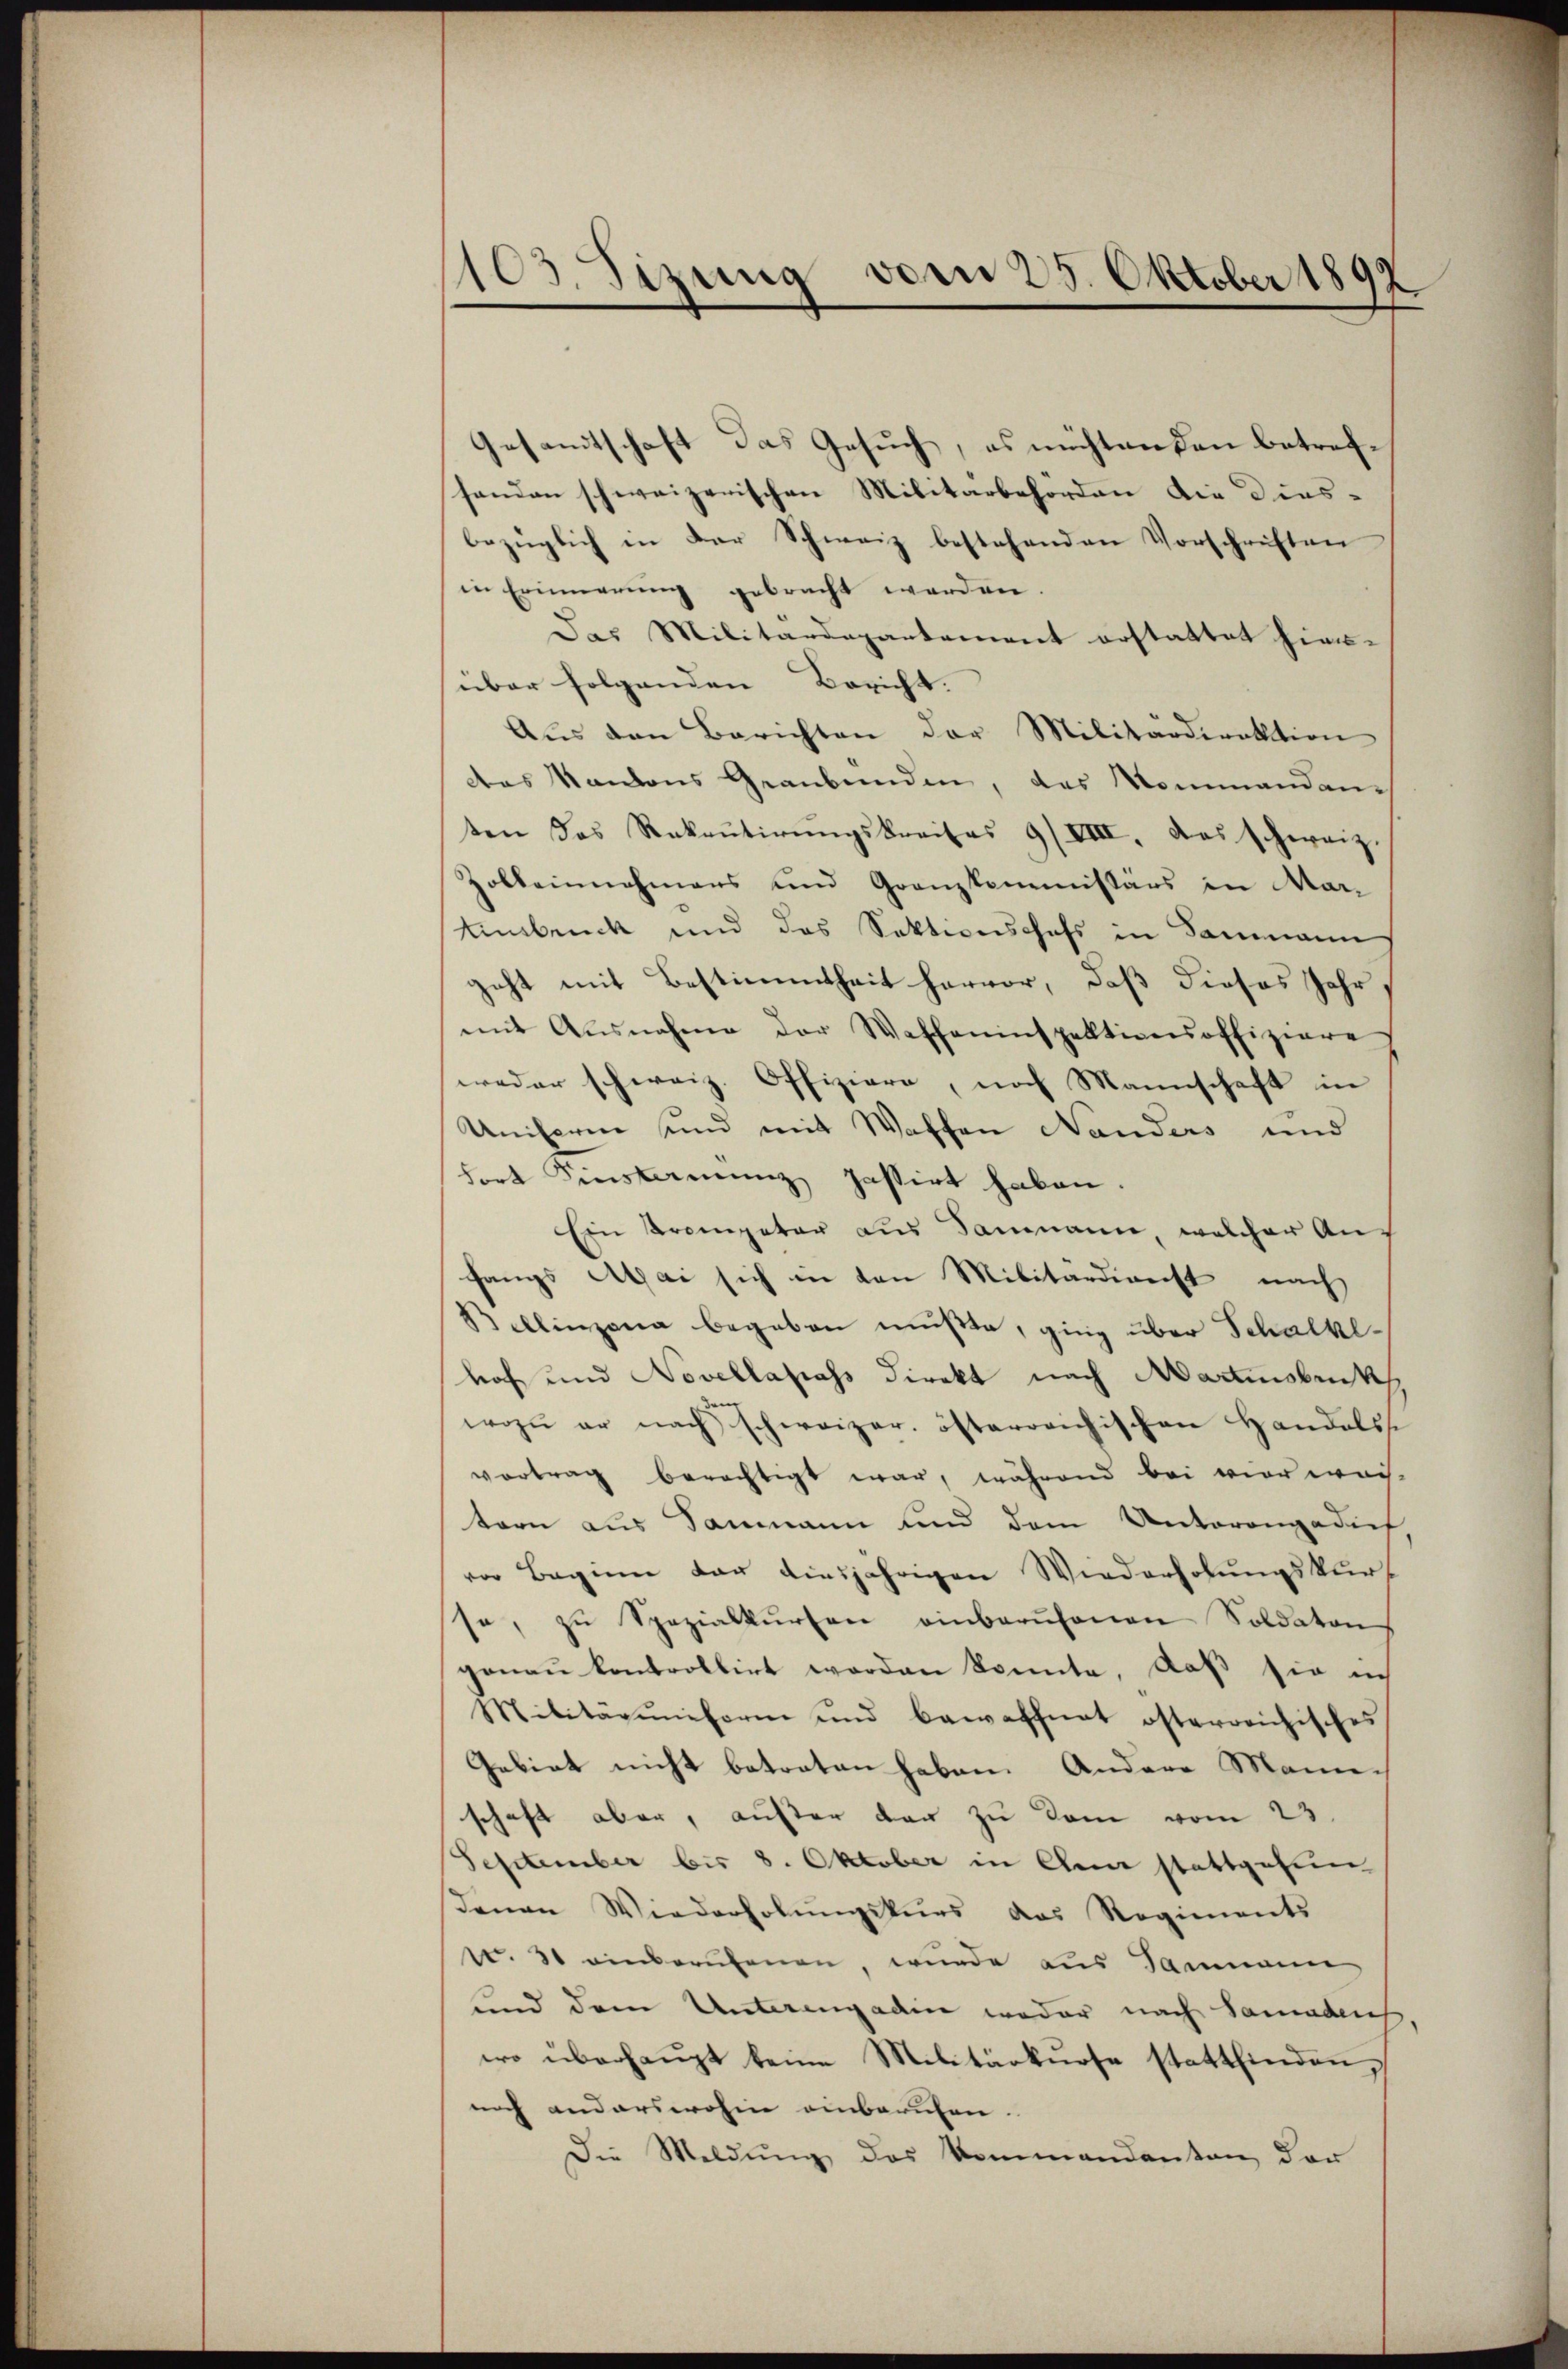
103. Sizung vom 25. Oktober 1892

Gesandtschaft das Gesuch, es möchtenden betrefhanden schweizerischen Militärbehörden die diesbezüglich in der Schweiz bestehenden Vorschriften
in Erinnerung gebracht werden.
Das Militärdepartement erstattet hier-
über folgenden Bericht.
Aŭs den Berichten der Militärdirektion
des Kantons Graubünden, das Kommandan
ten das Rekŭtirŭngskreises 9/VIII. Das schweiz.
Zolbeinnahmens und Granzkommissärs in Mar-
Einsbruck und das Sektionischefs in Sammann
geht mit Bestimmtheit hervor, daß dieses Jahr,
mit Ausnahme der Waffeninspektionsoffiziere
weder schweiz. Offiziere, noch Mannschaft in
Uniform sind mit Waffen Nanders und
fort instamenz passirt haben.
Ein Krompeter aus Sammann, welcher An-
fangs Abai sich in den Militärdienst nach
Bellinzona begeben müßte, ging über Schalkehof und Novellapass direkt nach Martinsbruck
wozu er nach schweizer. österreichischen Handelss
vortrag berechtigt war, während bei vier wei-
tern aus Saumann und dem Unterongadief,
vor Beginn der diesjährigen Wiederholungskurt
se, zŭ Spezialkŭrsen einberufenen Soldaten
genaŭ kontrollirt worden konnte, daβ sie in
Militärŭnform und bewaffnet österreichisches
Gebiet nicht betreten haben. Andere Mannschaft aber, auster dar zu kom vom 23.
September bis 8. Oktober in den stattgehen
denen Wiederholŭngskurs das Regiments
t. 31 einberufenen, wurde aus Sammann
und dem Unterengadin weder nach Samadeus
wo überhaŭpt keine Militärkŭrse stattfinden,
noch anderswohin einberufen.
Die Meldung des kommandanten, der